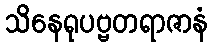
သိနေရုပဗ္ဗတရာဇာနံ